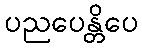
ပညပေန္တိပေ